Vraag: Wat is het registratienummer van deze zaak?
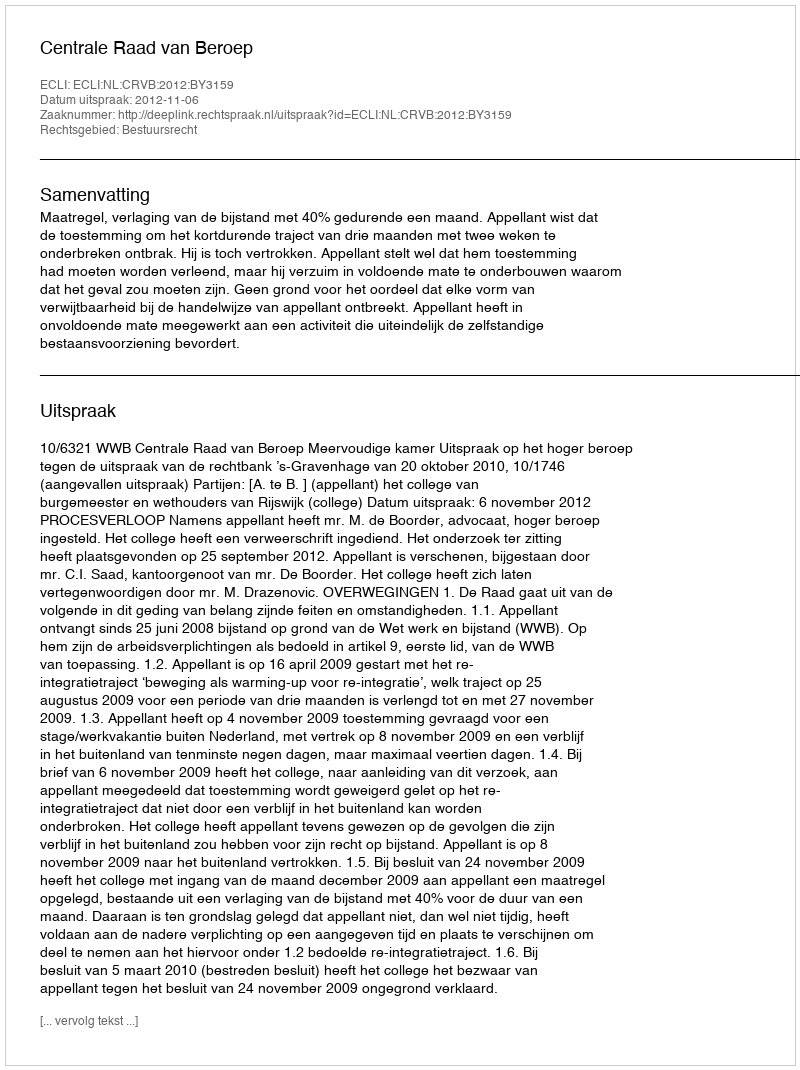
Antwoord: http://deeplink.rechtspraak.nl/uitspraak?id=ECLI:NL:CRVB:2012:BY3159